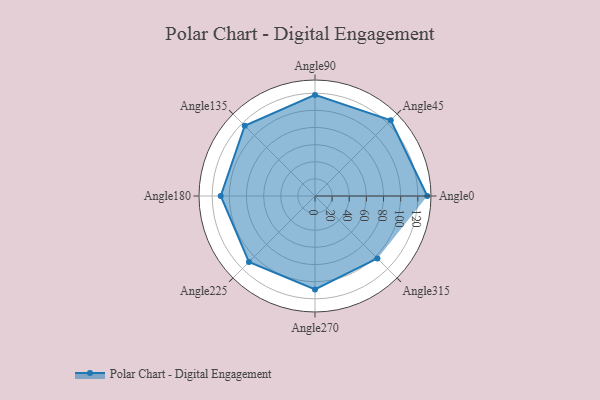
{"axis": {"x": "Angle", "y": "Radius"}, "legend": [""], "data": [{"x": "Angle0", "y": 131.0, "type": ""}, {"x": "Angle45", "y": 125.0, "type": ""}, {"x": "Angle90", "y": 118.0, "type": ""}, {"x": "Angle135", "y": 116.0, "type": ""}, {"x": "Angle180", "y": 110.0, "type": ""}, {"x": "Angle225", "y": 109.0, "type": ""}, {"x": "Angle270", "y": 109.0, "type": ""}, {"x": "Angle315", "y": 103.0, "type": ""}]}